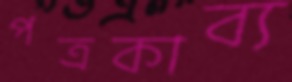
পত্রকাব্য